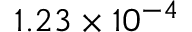
1 . 2 3 \times 1 0 ^ { - 4 }